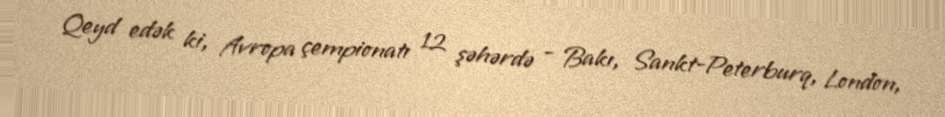
Qeyd edək ki, Avropa çempionatı 12 şəhərdə - Bakı, Sankt-Peterburq, London,